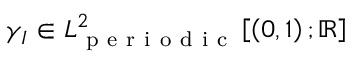
\gamma _ { I } \in L _ { \mathrm { ~ p ~ e ~ r ~ i ~ o ~ d ~ i ~ c ~ } } ^ { 2 } \left[ \left( 0 , 1 \right) ; \mathbb { R } \right]